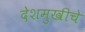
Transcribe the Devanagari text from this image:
देशमुखीचे